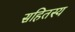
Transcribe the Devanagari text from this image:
सहितस्य